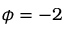
\phi = - 2